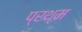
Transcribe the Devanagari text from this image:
प्रथ्म